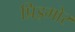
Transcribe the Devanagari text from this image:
प्रिड्मोर